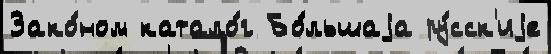
Зако́ном катало́г Бо́льшаjа ру́сск'иjе